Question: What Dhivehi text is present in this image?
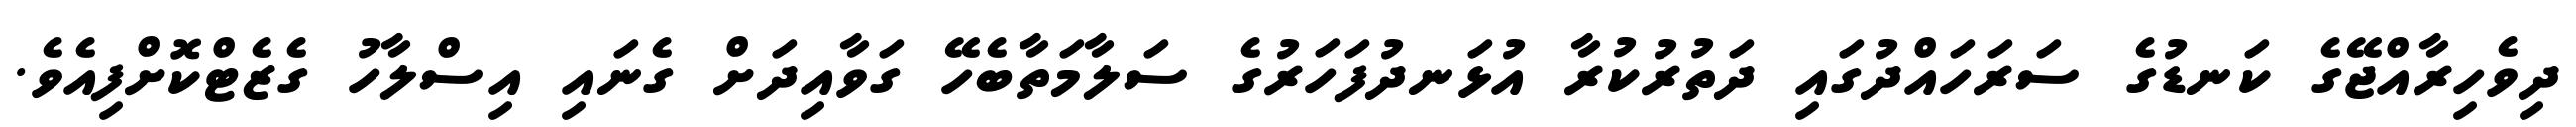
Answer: ދިވެހިރާއްޖޭގެ ކަނޑުގެ ސަރަހައްދުގައި ދަތުރުކުރާ އުޅަނދުފަހަރުގެ ސަލާމަތާބެހޭ ގަވާއިދަށް ގެނައި އިސްލާހު ގެޒެޓްކޮށްފިއެވެ.